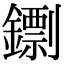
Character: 𨭚